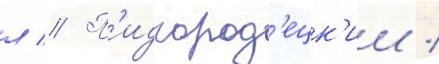
л // П'идгород'ецк'ии /